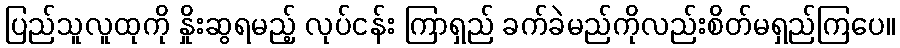
ပြည်သူလူထုကို နှိုးဆွရမည့် လုပ်ငန်း ကြာရှည် ခက်ခဲမည်ကိုလည်းစိတ်မရှည်ကြပေ။